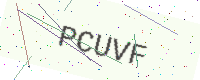
Text: PCUVF